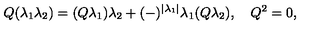
Q ( \lambda _ { 1 } \lambda _ { 2 } ) = ( Q \lambda _ { 1 } ) \lambda _ { 2 } + ( - ) ^ { | \lambda _ { 1 } | } \lambda _ { 1 } ( Q \lambda _ { 2 } ) , \quad Q ^ { 2 } = 0 ,